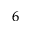
^ { 6 }